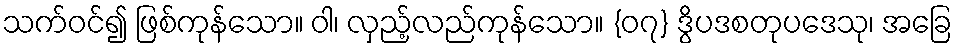
သက်ဝင်၍ ဖြစ်ကုန်သော။ ဝါ၊ လှည့်လည်ကုန်သော။ {၀၇} ဒွိပဒစတုပဒေသု၊ အခြေ